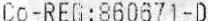
CO-REG:860671-D